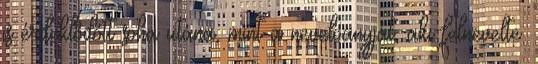
is érdeklődőtt soha utána, mint a nevelőanyját, aki felnevelte.